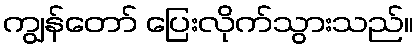
ကျွန်တော် ပြေးလိုက်သွားသည်။